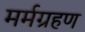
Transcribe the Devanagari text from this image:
मर्मग्रहण